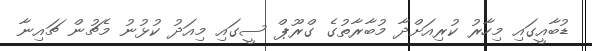
ޑުބާއީގައި މިހާރު ކުރިއަށްދާ މުބާރާތުގެ ގްރޫޕް ސީގައި މިއަދު ކުޅުނު މެޗުން ޗައިނާ